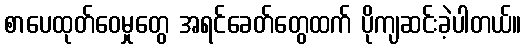
စာပေထုတ်ဝေမှုတွေ အရင်ခေတ်တွေထက် ပိုကျဆင်းခဲ့ပါတယ်။